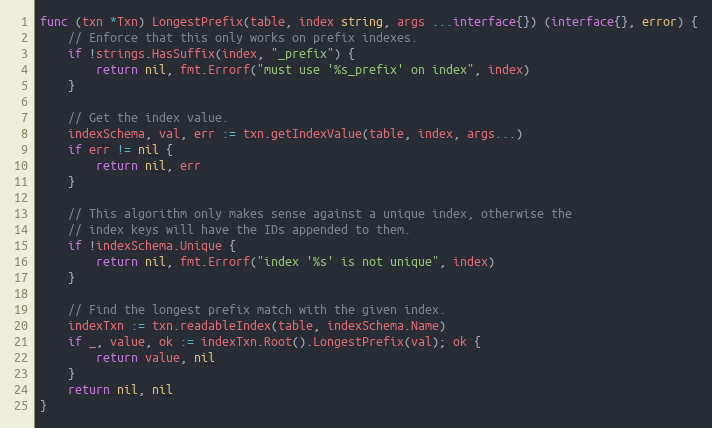
Language: Go
func (txn *Txn) LongestPrefix(table, index string, args ...interface{}) (interface{}, error) {
	// Enforce that this only works on prefix indexes.
	if !strings.HasSuffix(index, "_prefix") {
		return nil, fmt.Errorf("must use '%s_prefix' on index", index)
	}

	// Get the index value.
	indexSchema, val, err := txn.getIndexValue(table, index, args...)
	if err != nil {
		return nil, err
	}

	// This algorithm only makes sense against a unique index, otherwise the
	// index keys will have the IDs appended to them.
	if !indexSchema.Unique {
		return nil, fmt.Errorf("index '%s' is not unique", index)
	}

	// Find the longest prefix match with the given index.
	indexTxn := txn.readableIndex(table, indexSchema.Name)
	if _, value, ok := indexTxn.Root().LongestPrefix(val); ok {
		return value, nil
	}
	return nil, nil
}